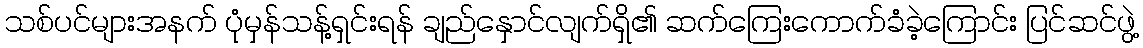
သစ်ပင်များအနက် ပုံမှန်သန့်ရှင်းရန် ချည်နှောင်လျက်ရှိ၏ ဆက်ကြေးကောက်ခံခဲ့ကြောင်း ပြင်ဆင်ဖွဲ့